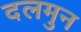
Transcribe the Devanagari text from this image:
दलमुन